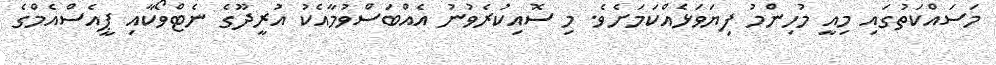
މަސައްކަތުގައި މިއީ މުހިންމު ފިޔަވަޅެއްކަމަށެވެ. މި ސޮއިކުރެވުނު އެއްބަސްވުމާއެކު އުރީދޫގެ ނެޓްވޯކާއި ޕީއެސްއެމްގެ